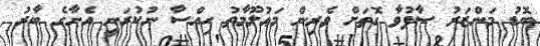
ބޮޑު މަންޒަރު ސާފުވާ ގޮތަށް ވެރިން މަޢުލޫމާތު ހިއްސާ ނުކުރަނީ އެނާގެ ބާރު